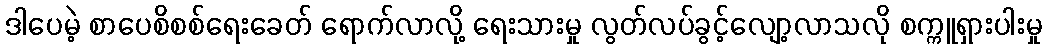
ဒါပေမဲ့ စာပေစိစစ်ရေးခေတ် ရောက်လာလို့ ရေးသားမှု လွတ်လပ်ခွင့်လျော့လာသလို စက္ကူရှားပါးမှု